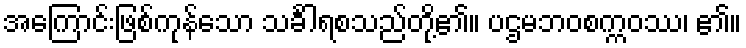
အကြောင်းဖြစ်ကုန်သော သင်္ခါရစသည်တို့၏။ ပဌမဘဝစက္ကဝဿ၊ ၏။